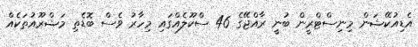
އެޑިއުކޭޝަން މިނިސްޓްރީން ބުނީ ރާއްޖޭގެ 46 ސްކޫލެއްގައި މިހާރު ވެސް ބޮޑެތި މަޝްރޫއުތަކެއް